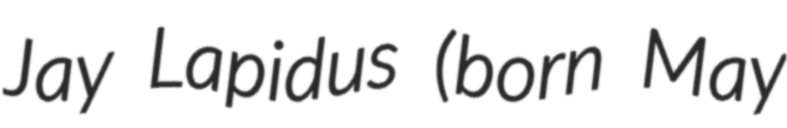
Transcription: Jay Lapidus (born May